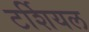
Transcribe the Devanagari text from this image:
टर्शियल